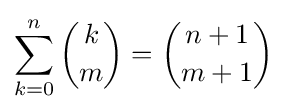
\sum _{k=0}^{n}{k \choose m}={n+1 \choose m+1}